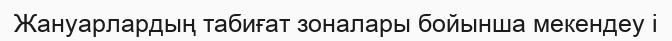
Жануарлардың табиғат зоналары бойынша мекендеу і